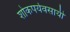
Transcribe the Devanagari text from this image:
शोकपर्यवसायी